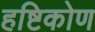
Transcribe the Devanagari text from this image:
हष्टिकोण